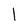
Character: 1